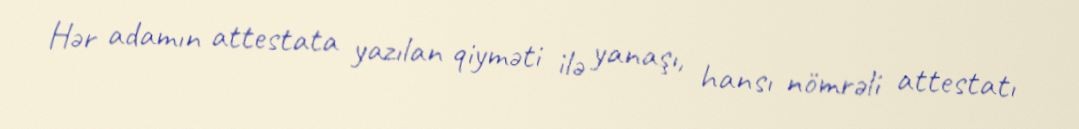
Hər adamın attestata yazılan qiyməti ilə yanaşı, hansı nömrəli attestatı